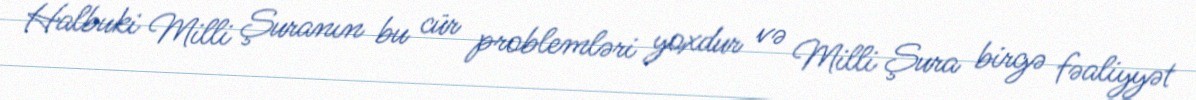
Halbuki Milli Şuranın bu cür problemləri yoxdur və Milli Şura birgə fəaliyyət